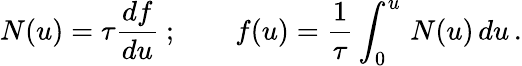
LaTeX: N(u)=\tau{\frac{df}{du}}\ ;\qquad f(u)={\frac{1}{\tau}}\int_{0}^{u}\, N(u)\, du\, .